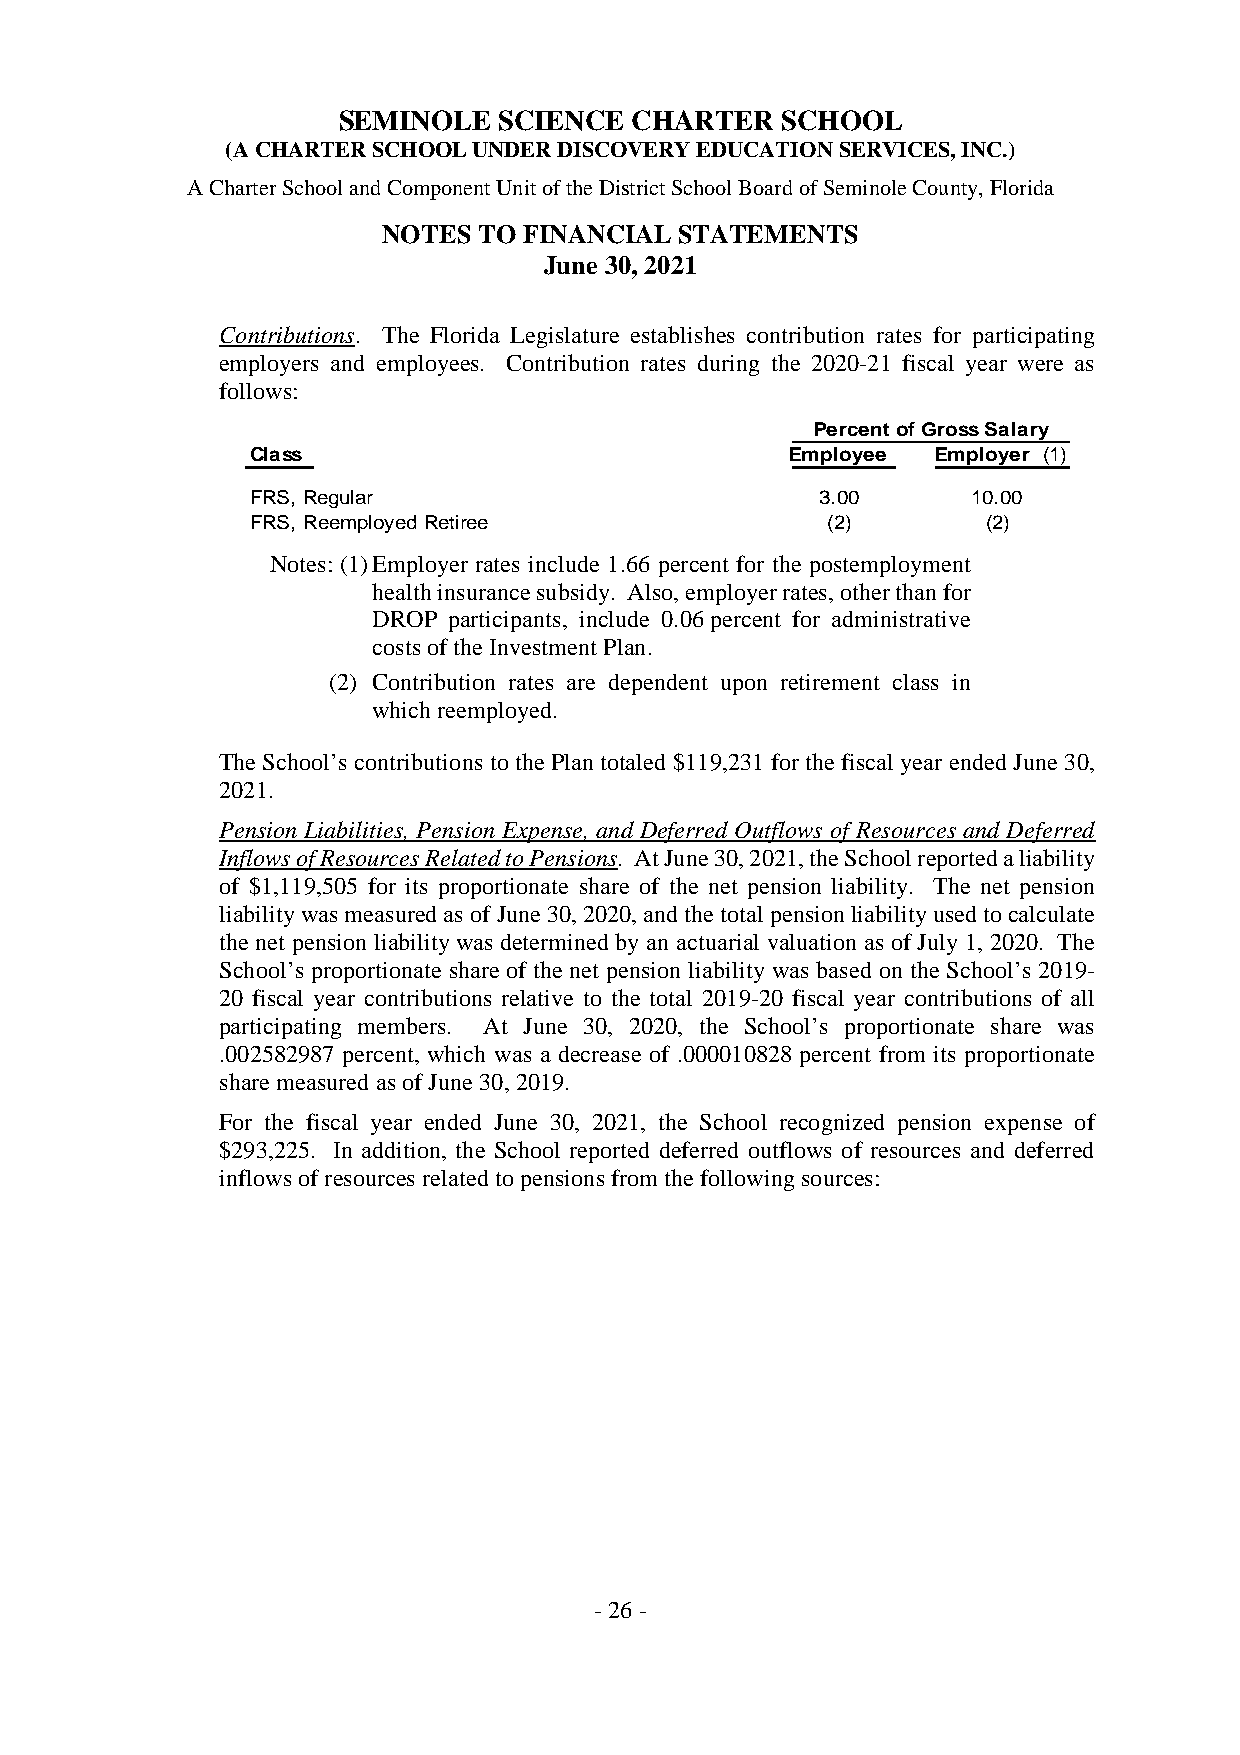
SEMINOLE   SCIENCE  CHARTER   SCHOOL
 (ACHARTERSCHOOLUNDERDISCOVERYEDUCATIONSERVICES,INC.)
 ACharterSchoolandComponentUnitoftheDistrictSchoolBoardofSeminoleCounty,Florida
 NOTES  TO FINANCIAL STATEMENTS
 June 30, 2021
 Contributions. The Florida Legislature establishes contribution rates for participating
 employers and employees. Contribution rates during the 2020-21 fiscal year were as
 follows:
 PercentofGrossSalary
 Class                              Employee  Employer (1)
 FRS, Regular                         3.00      10.00
 FRS, ReemployedRetiree                (2)       (2)
 Notes:(1)Employer rates include 1.66 percent for the postemployment
 healthinsurancesubsidy. Also,employerrates,otherthanfor
 DROP participants, include 0.06percent for administrative
 costsoftheInvestmentPlan.
 (2) Contribution rates are dependent upon retirement class in
 whichreemployed.
 TheSchool’s contributions to thePlan totaled $119,231 for the fiscalyear ended June 30,
 2021.
 Pension Liabilities, Pension Expense, and Deferred Outflows of Resources and Deferred
 InflowsofResourcesRelatedtoPensions. AtJune30,2021,theSchoolreportedaliability
 of $1,119,505 for its proportionate share of the net pension liability. The net pension
 liabilitywasmeasuredas ofJune30,2020,andthetotalpensionliabilityusedtocalculate
 the net pension liability was determined by an actuarial valuation as of July 1, 2020. The
 School’s proportionate share of the net pension liability was based on the School’s 2019-
 20 fiscal year contributions relative to the total 2019-20 fiscal year contributions of all
 participating members. At June 30, 2020, the School’s proportionate share was
 .002582987 percent, which was a decrease of .000010828 percent from its proportionate
 sharemeasured asofJune30,2019.
 For the fiscal year ended June 30, 2021, the School recognized pension expense of
 $293,225. In addition, the School reported deferred outflows of resources and deferred
 inflowsofresources relatedtopensionsfromthefollowingsources:
 -26-